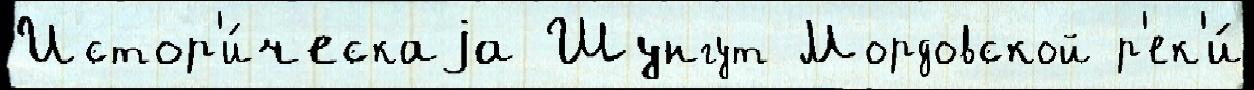
Истор'и́ческаjа Шунгут Мордовской р'ек'и́